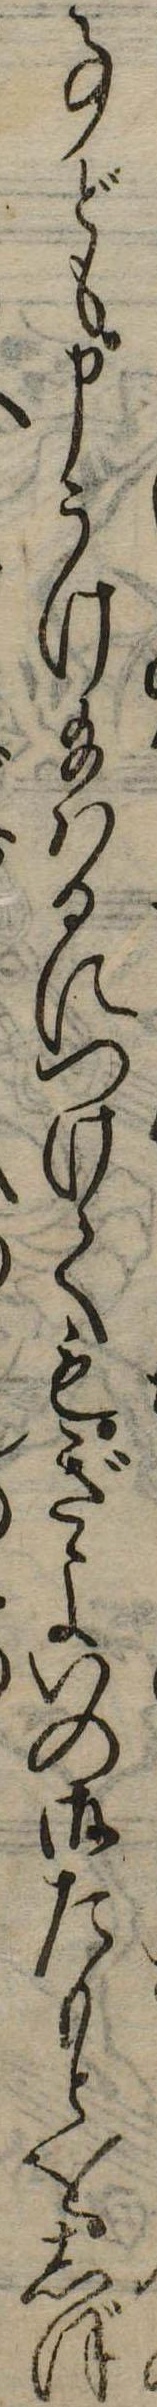
事ども申うけ給はるにつけてもぎよいの御たもとをしぼ